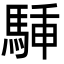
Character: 𩣙